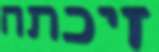
זיכתה